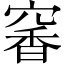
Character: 𥧎